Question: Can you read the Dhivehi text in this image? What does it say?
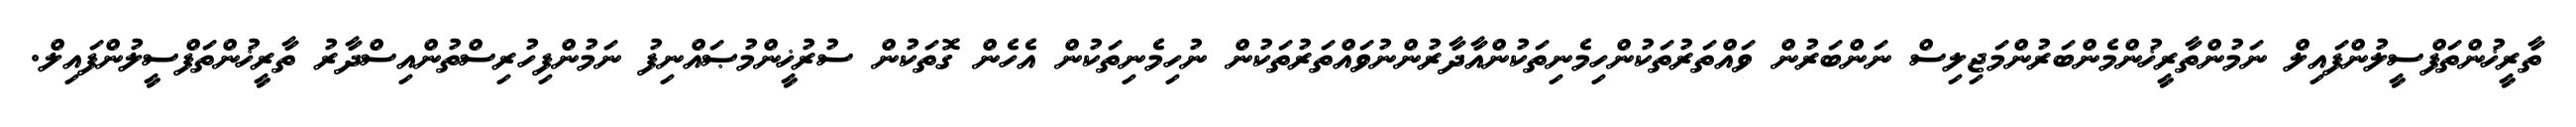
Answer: ތާރީޚުންތަފްސީލުންފައިލް ނަމުންތާރީޚުންމެންބަރުންމަޖިލިސް ނަންބަރުން ވައްތަރުތަކުންހިމެނިތަކުންއާދާރުންނުވައްތަރުތަކުން ނުހިމެނިތަކުން އެހެން ގޮތަކުން ސުރުޚީންމުޞައްނިފު ނަމުންފިހުރިސްތުންއިސްދާރު ތާރީޚުންތަފްސީލުންފައިލް.